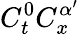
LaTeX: C_{t}^{0}C_{x}^{\alpha^{\prime}}